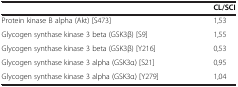
<table><thead><tr><td><b> </b></td><td><b>CL/SCI</b></td></tr></thead><tbody><tr><td>Protein kinase B alpha (Akt) [S473]</td><td>1,53</td></tr><tr><td>Glycogen synthase kinase 3 beta (GSK3β) [S9]</td><td>1,55</td></tr><tr><td>Glycogen synthase kinase 3 beta (GSK3β) [Y216]</td><td>0,53</td></tr><tr><td>Glycogen synthase kinase 3 alpha (GSK3α) [S21]</td><td>0,95</td></tr><tr><td>Glycogen synthase kinase 3 alpha (GSK3α) [Y279]</td><td>1,04</td></tr></tbody></table>